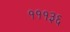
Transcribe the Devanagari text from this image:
१११३६